Civil Veterinary Department. United Provinces 1932-42 - 1932-1942
Year: 1932
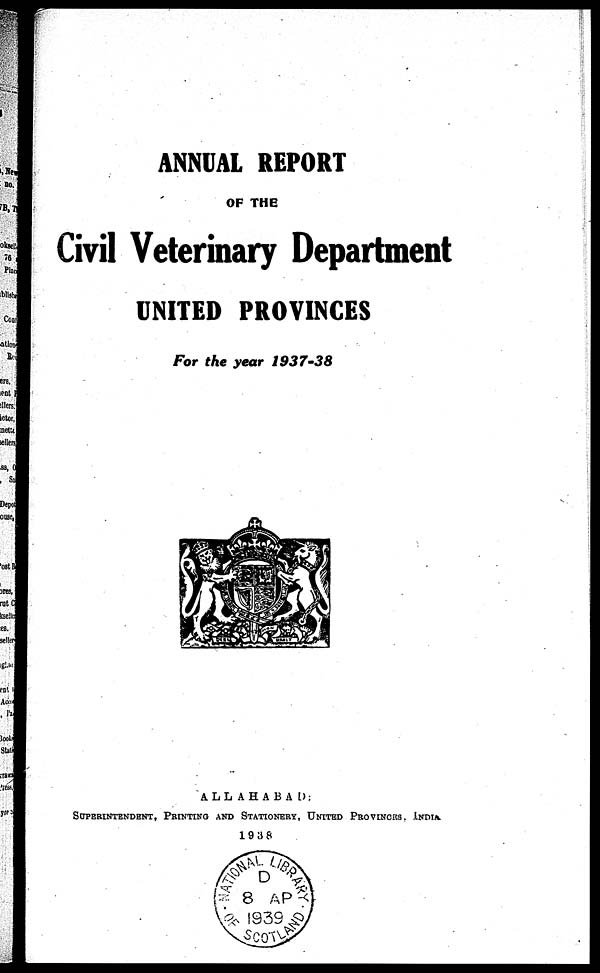
ANNUAL REPORT
OF THE
Civil Veterinary Department
UNITED PROVINCES
For the year 1937-38
ALLAHABAD:
SUPERINTENDENT, PRINTING AND STATIONARY, UNITED PROVINCES, INDIA
1928